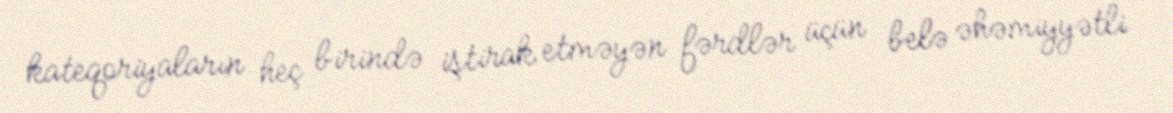
kateqoriyaların heç birində iştirak etməyən fərdlər üçün belə əhəmiyyətli